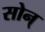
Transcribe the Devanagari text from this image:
सोन्